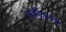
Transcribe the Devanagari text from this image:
नेत्रविकारांवर